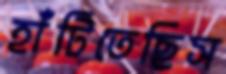
হাঁটিতেছিস